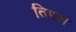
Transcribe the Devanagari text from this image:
तिफ्ल